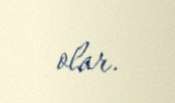
olar.